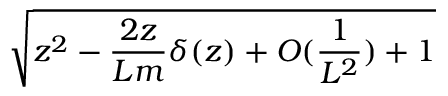
\sqrt { z ^ { 2 } - \frac { 2 z } { L m } \delta ( z ) + O ( \frac { 1 } { L ^ { 2 } } ) + 1 }